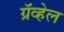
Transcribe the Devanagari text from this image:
ग्रॅव्हेल